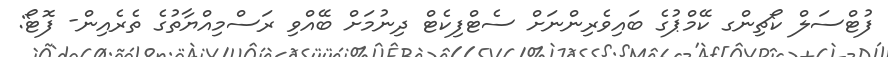
ފުޓްސަލް ކޯޗިންގ ކޭމްޕުގެ ބައިވެރިންނަށް ސެޓްފިކެޓް ދިނުމަށް ބޭއްވި ރަސްމިއްޔާތުގެ ތެރެއިން- ފޮޓޯ: